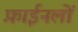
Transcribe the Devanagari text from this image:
फ़ाईनलों